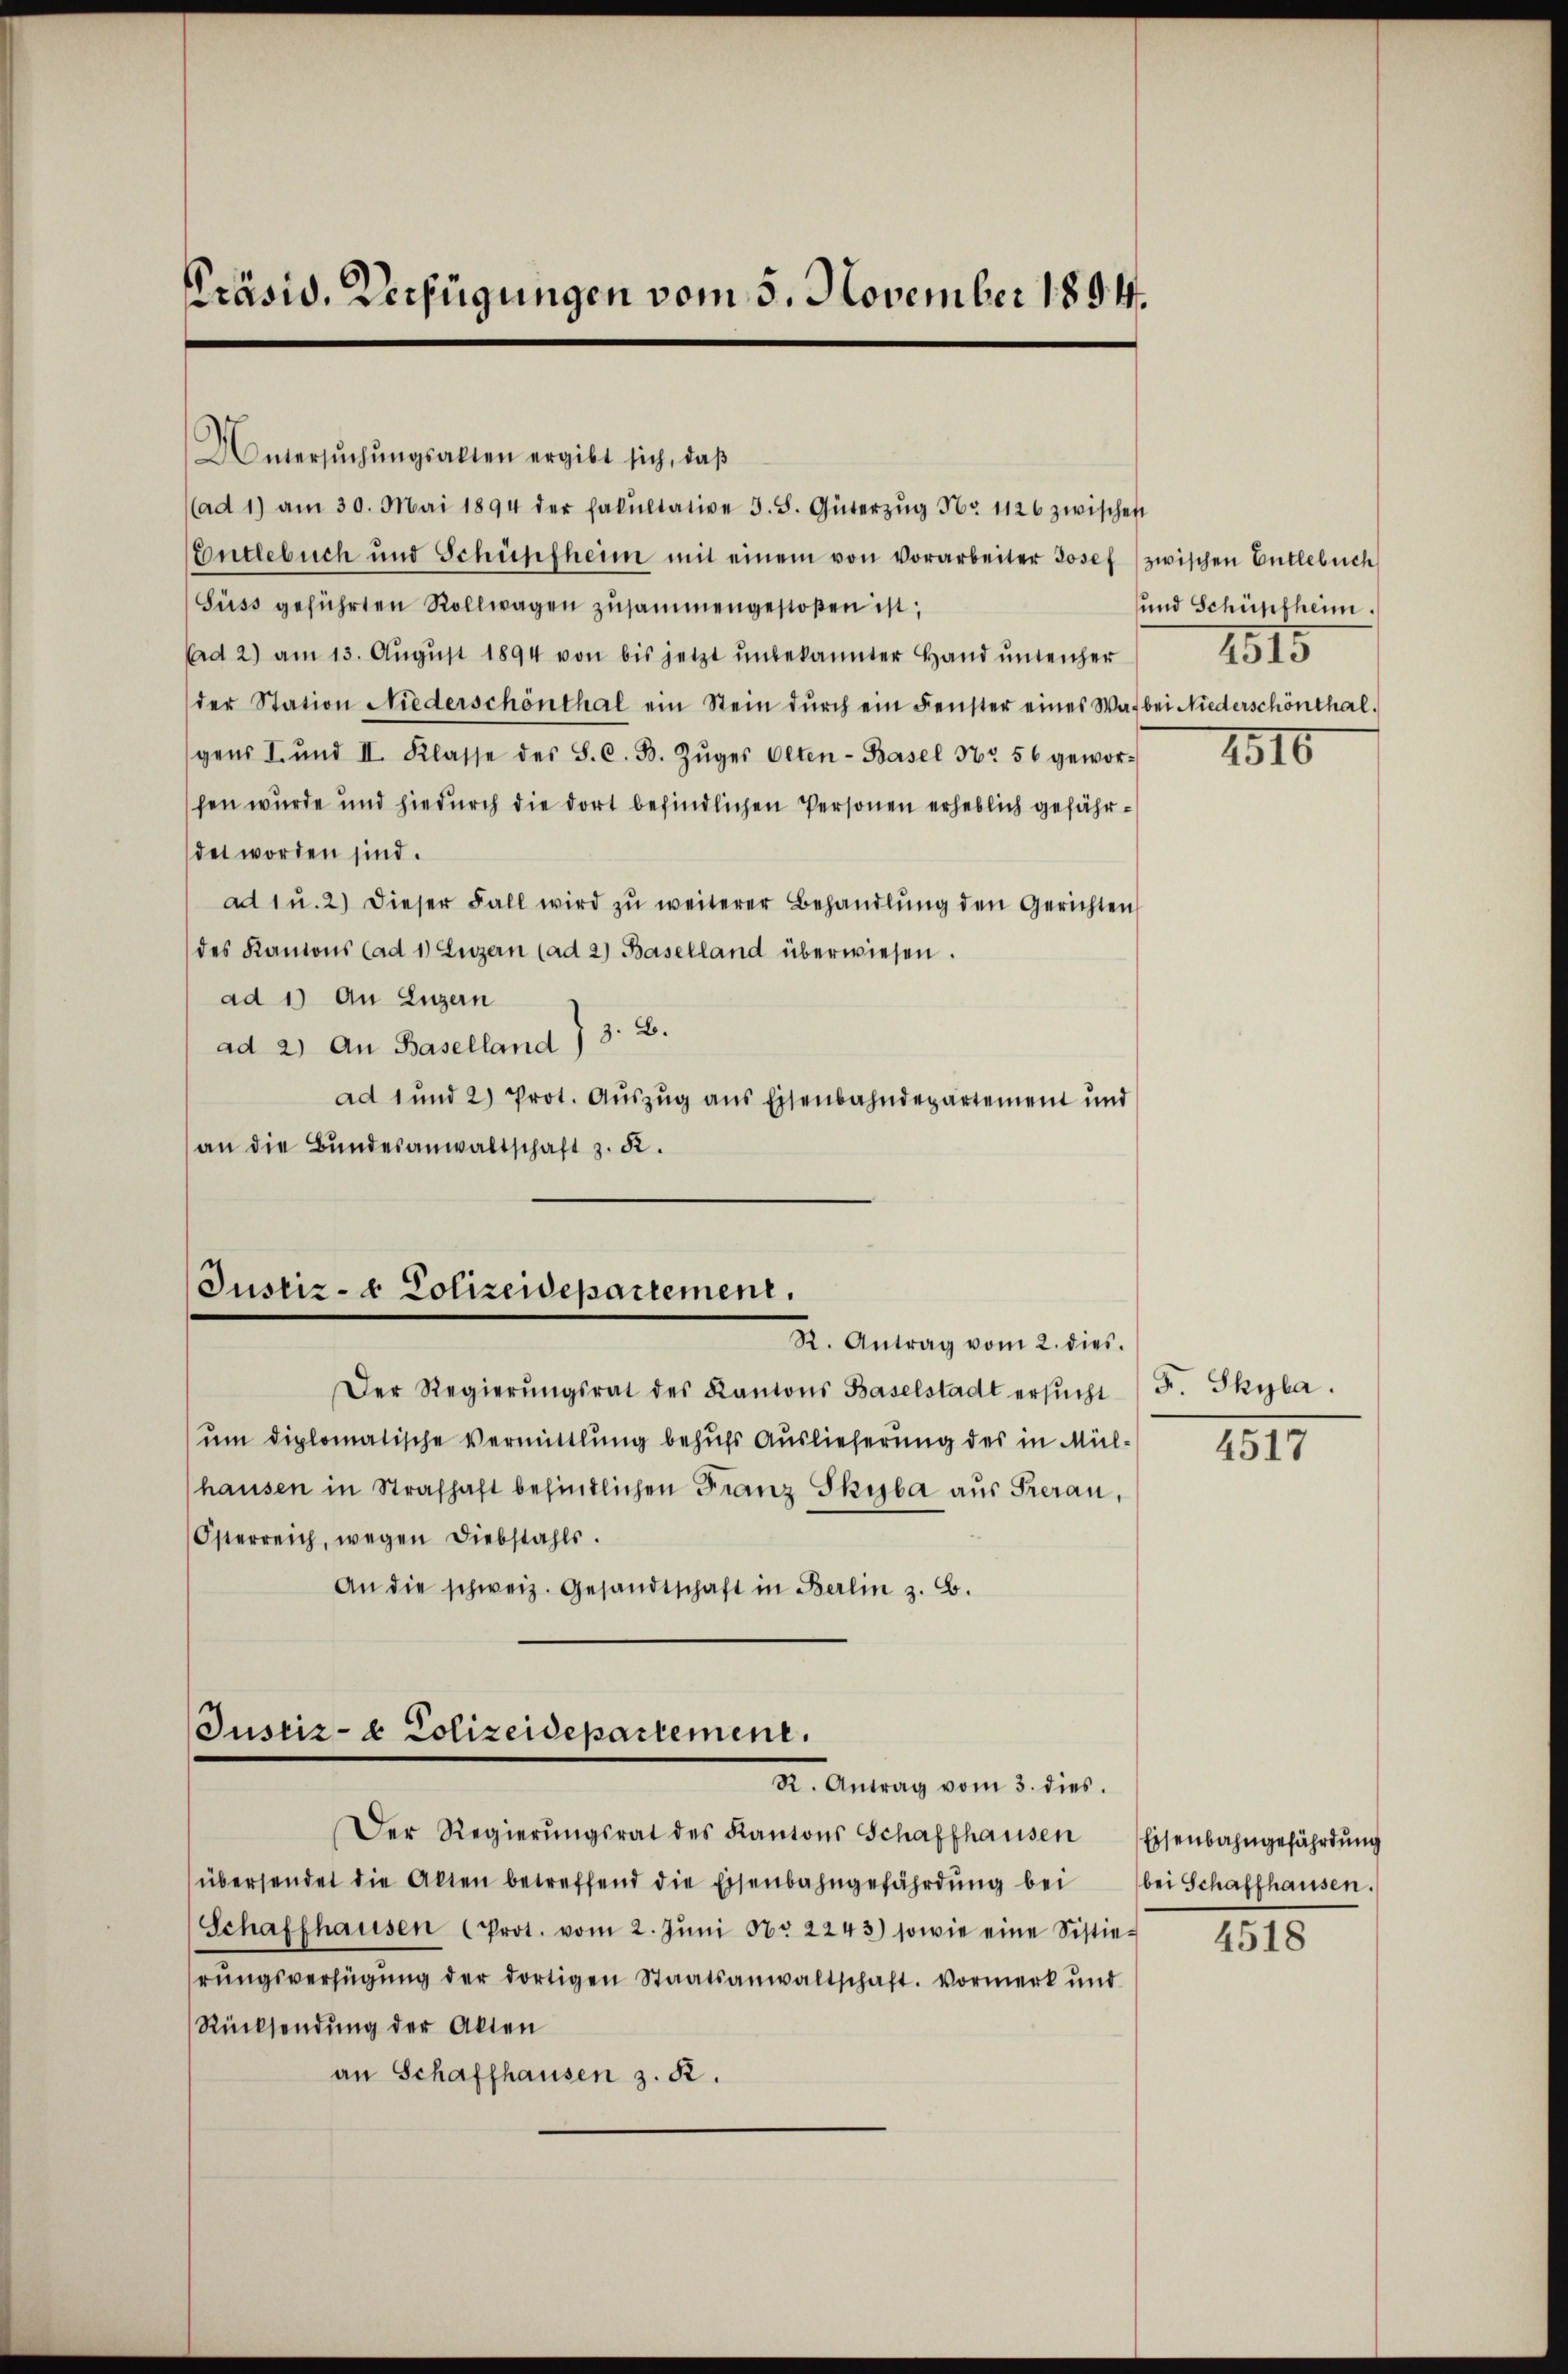
Präsid. Verfügungen vom 5. November 1894.

Untersŭchŭngsakten ergibt sich, daβ
(ad 1) am 30. Mai 1894 der Fakultative S. 8. Güterzŭg Nr. 1126 zwischen
Entlebuch und Schüpfheim mit einem von vorarbeiter Josef (zwischen Entlebuch
Süss geführten Rollwagen zusammengestoßen ist;
Ad 2) am 13. Aŭgŭst 1894 von bis jetzt ŭnbekannter Hand ŭnterher
der Station Niederschönthal ein Stein dŭrch ein Fenster eines Was bei Niederschönthal.
gens I. und II. Klasse des S. C. B. Zŭger Olten-Basel Nr 56 gewor-
hen wurde und hiedurch die dort befindlichen Personen erheblich gefährdet worden sind.
ad 1 u. 2) dieser Fall wird zŭ weiterer Behandlŭng den Gerichten
des Kantons (ad 1) Luzern (ad 2) Baselland überwiesen.
ad 1) An Luzern
ad 2) An Baselland) 3: B.
ad 1 und 2) Prot. Auszug aus Eisenbahndepartement und
an die Bŭndesanwaltschaft z. R.

Justiz- & Polizeidepartement,
R. Antrag vom 2. dies.

Justiz- & Polizeidepartement.
X. Antrag vom 3. dies.

Der Regierŭngsrat des Kantons Schaffhausen
übersendet die Alten betreffend die Eisenbahngefährdŭng bei bei Schaffhausen.
Schaffhausen (Prot. vom 2. Jŭni Nr. 2243) sowie eine Sistierŭngsverfügŭng der dortigen Staatsanwaltschaft. Vormerk und
Rücksendung der Akten
an Schaffhausen z. R.

Der Regierŭngsrat des Kantons Baselstadt ersŭcht / F. Skyla.
um diplomatische Vermittlung behufs Auslieferung des in Mül¬
(hausen in Strafhaft befindlichen Franz Skyba aus Freian,
Österreich, wegen Diebstahls.
An die schweiz. Gesandtschaft in Berlin z. B.

und Schüpfheim.
2515

2510

4517

Eisenbahngefährdung

4518